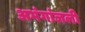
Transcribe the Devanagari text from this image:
अभंगांजली